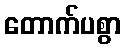
တောက်ပစွာ